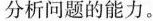
分析问题的能力。